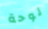
لوحة